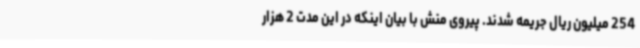
254 میلیون ریال جریمه شدند. پیروی منش با بیان اینکه در این مدت 2 هزار